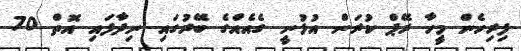
ފިރިހެން މީހާ ރޭޕް ކުރަން އުޅުނީ ގެއެއްގެ ބޭރުގައި ނިދާފައި އޮތް 70